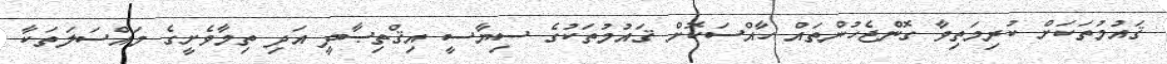
ޤައުމުތަކަށް ކުރިމަތިވާ ގޮންޖެހުންތައް ހާއްސަކޮށް ޤައުމުތަކުގެ ސިޔާސީ އިޤްތިޞާދީ އަދި ތިމާވެށީގެ މައްސަލަތަކާ